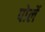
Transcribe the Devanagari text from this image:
पोर्ले